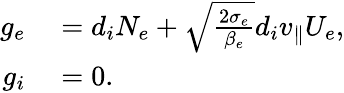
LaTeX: \begin{array}{rl}{g_{e}}&{{}=d_{i}N_{e}+\sqrt{\frac{2\sigma_{e}}{\beta_{e}}}d_{i}v_{\parallel}U_{e},}\\ {g_{i}}&{{}=0.}\end{array}